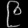
Digit: ၉